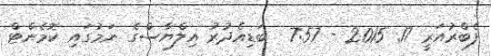
ފެބްރުއަރީ 17